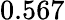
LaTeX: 0.567